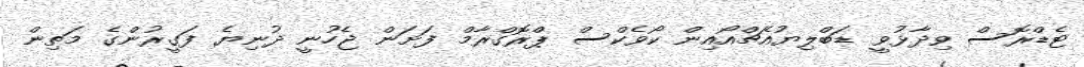
ޓެޑްރޮސް ވިދާޅުވީ ޑަބްލިޔުއެޗްއޯއިން ކޯވެކްސް ޕްރޮގްރާމް ފަށަން ޖެހުނީ ދުނިޔެ ފަގީރުންގެ މަތިން